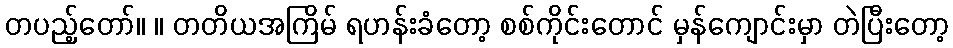
တပည့်တော်။ ။ တတိယအကြိမ် ရဟန်းခံတော့ စစ်ကိုင်းတောင် မှန်ကျောင်းမှာ တဲပြီးတော့